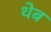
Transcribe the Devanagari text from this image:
थेब